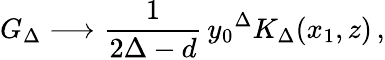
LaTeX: G_{\Delta}\longrightarrow\frac{1}{2\Delta-d}\, {y_{0}}^{\Delta}K_{\Delta}(x_{1},z)\, ,